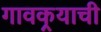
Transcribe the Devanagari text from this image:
गावकर्‍याची